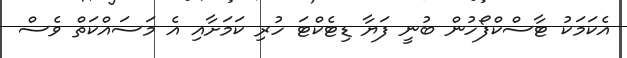
އެކަމަކު ޓާސްކްފޯހުން ބުނީ ފަޔާ ޑިޓެކްޓަ ހުރި ކަމަށާއި އެ މަސައްކަތް ވެސް